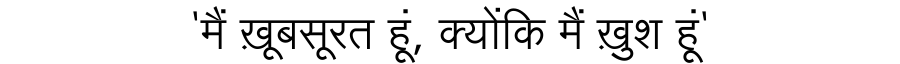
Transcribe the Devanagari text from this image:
'मैं ख़ूबसूरत हूं, क्योंकि मैं ख़ुश हूं'